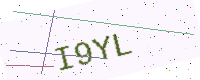
Text: I9YL